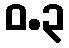
ဝ.၃